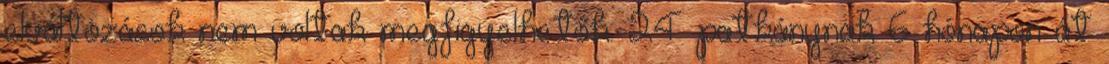
elváltozások nem voltak megfigyelhetők. 24 patkánynak 6 hónapon át